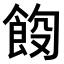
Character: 𫗑